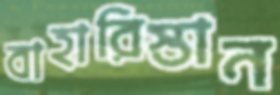
বাহারিস্তান